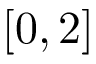
[ 0 , 2 ]